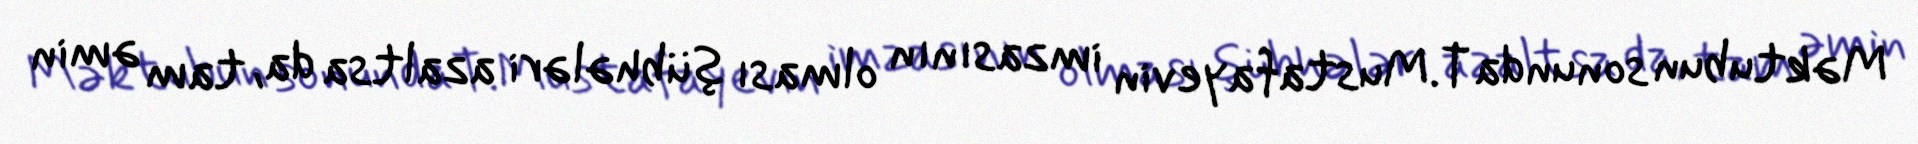
Məktubun sonunda T.Mustafayevin imzasının olması şübhələri azaltsa da, tam əmin